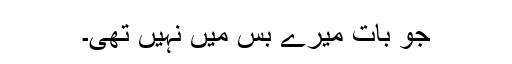
جو بات میرے بس میں نہیں تھی۔